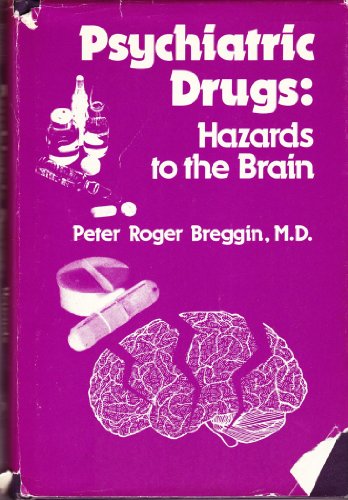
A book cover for Psychiatric Drugs: Hazards to the Brain; Peter Breggin; Medical Books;